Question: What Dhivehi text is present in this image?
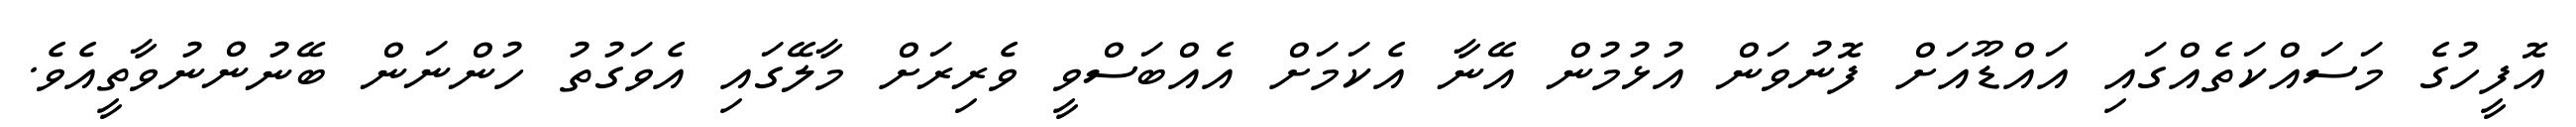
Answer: އޮފީހުގެ މަސައްކަތެއްގައި އައްޑޫއަށް ފޮނުވަން އުޅުމުން އޭނާ އެކަމަށް އެއްބަސްވީ ވެރިރަށް މާލޭގައި އެވަގުތު ހުންނަން ބޭނުންނުވާތީއެވެ.